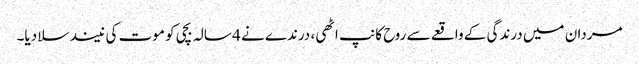
مردان میں درندگی کے واقعے سے روح کانپ اٹھی، درندے نے 4 سالہ بچی کو موت کی نیند سلا دیا۔